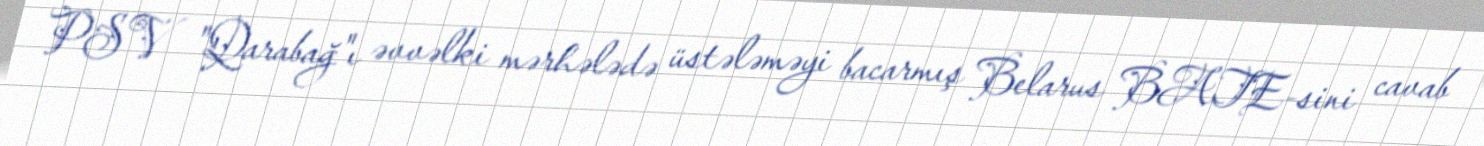
PSV "Qarabağ"ı əvvəlki mərhələdə üstələməyi bacarmış Belarus BATE-sini cavab